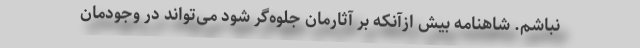
نباشم. شاهنامه بیش ازآنکه بر آثارمان جلوه‌گر شود می‌تواند در وجودمان